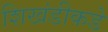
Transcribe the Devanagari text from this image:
शिखंडीकडे